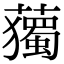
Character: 𧁿